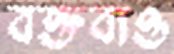
বক্তব্যও